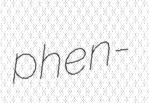
phen-